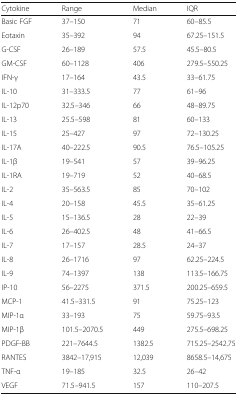
| Cytokine | Range | Median | IQR |
 | --- | --- | --- | --- |
 | Basic FGF | 37–150 | 71 | 60–85.5 |
 | Eotaxin | 35–392 | 94 | 67.25–151.5 |
 | G-CSF | 26–189 | 57.5 | 45.5–80.5 |
 | GM-CSF | 60–1128 | 406 | 279.5–550.25 |
 | IFN-γ | 17–164 | 43.5 | 33–61.75 |
 | IL-10 | 31–333.5 | 77 | 61–96 |
 | IL-12p70 | 32.5–346 | 66 | 48–89.75 |
 | IL-13 | 25.5–598 | 81 | 60–133 |
 | IL-15 | 25–427 | 97 | 72–130.25 |
 | IL-17A | 40–222.5 | 90.5 | 76.5–105.25 |
 | IL-1β | 19–541 | 57 | 39–96.25 |
 | IL-1RA | 19–719 | 52 | 40–68.5 |
 | IL-2 | 35–563.5 | 85 | 70–102 |
 | IL-4 | 20–158 | 45.5 | 35–61.25 |
 | IL-5 | 15–136.5 | 28 | 22–39 |
 | IL-6 | 26–402.5 | 48 | 41–66.5 |
 | IL-7 | 17–157 | 28.5 | 24–37 |
 | IL-8 | 26–1716 | 97 | 62.25–224.5 |
 | IL-9 | 74–1397 | 138 | 113.5–166.75 |
 | IP-10 | 56–2275 | 371.5 | 200.25–659.5 |
 | MCP-1 | 41.5–331.5 | 91 | 75.25–123 |
 | MIP-1α | 33–193 | 75 | 59.75–93.5 |
 | MIP-1β | 101.5–2070.5 | 449 | 275.5–698.25 |
 | PDGF-BB | 221–7644.5 | 1382.5 | 715.25–2542.75 |
 | RANTES | 3842–17,915 | 12,039 | 8658.5–14,675 |
 | TNF-α | 19–185 | 32.5 | 26–42 |
 | VEGF | 71.5–941.5 | 157 | 110–207.5 |